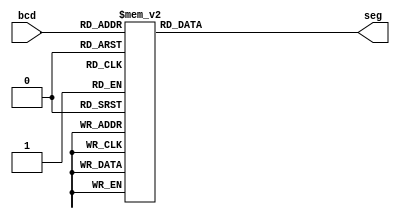
module top(bcd , seg);
input [3:0]bcd;
output [6:0]seg;

reg [6:0]seg;
always @( bcd )
begin
	case( bcd)
	4'b0000: seg=7'b1111110;
	4'b0001: seg=7'b0110000;
	4'b0010: seg=7'b1101101;
	4'b0011: seg=7'b1111001;
	4'b0100: seg=7'b0110011;
	4'b0101: seg=7'b1011011;
	4'b0110: seg=7'b1011111;
	4'b0111: seg=7'b1110000;
	4'b1000: seg=7'b1111111;
	4'b1001: seg=7'b1111011;
	default: seg=7'b0000000; 
	endcase
end

endmodule